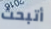
أتبحث